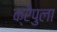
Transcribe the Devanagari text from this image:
क्रैपुला